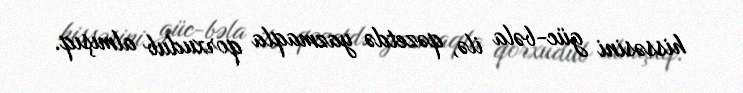
hissəsini güc-bəla ilə, qəzetdə yazmaqla qorxudub almışıq.